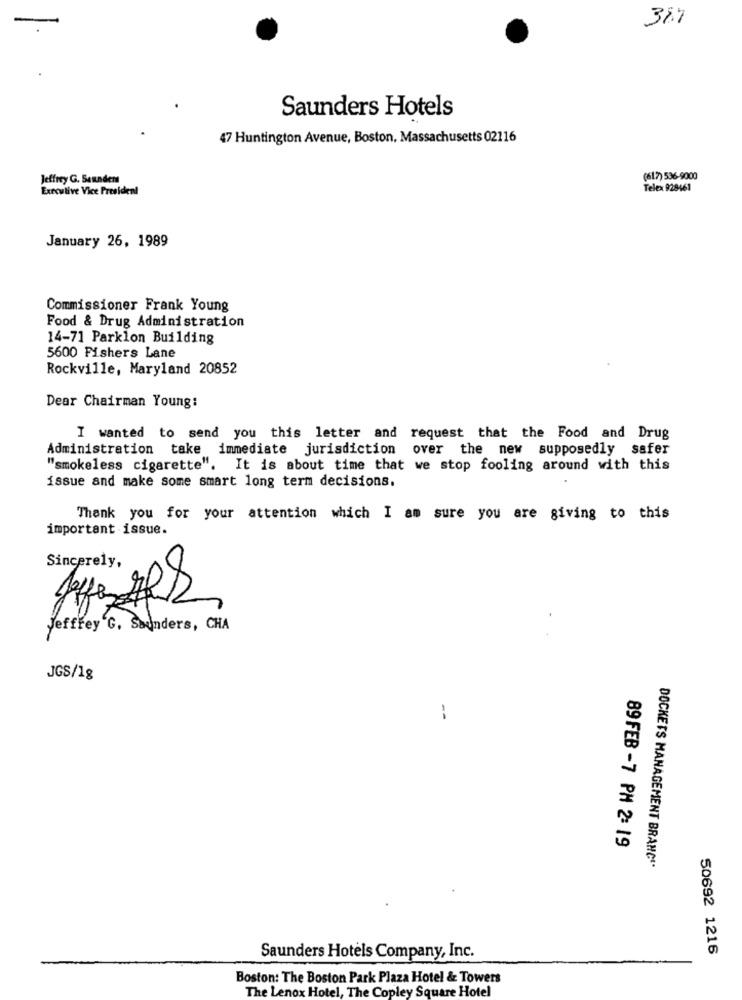
38.7
Saunders Hotels
47 Huntington Avenue, Boston, Massachusetts 02116
Jeffrey G. Saunders
(617) 536-9000
Executive Vice President
Telex 928461
January 26, 1989
Commissioner Frank Young
Food & Drug Administration
14-71 Parklon Building
5600 Fishers Lane
Rockville, Maryland 20852
Dear Chairman Young:
I wanted to send you this letter and request that the Food and Drug
Administration take immediate jurisdiction over the new supposedly safer
"smokeless cigarette". It is about time that we stop fooling around with this
issue and make some smart long term decisions.
Thank you for your attention which I am sure you are giving to this
important issue.
Jeffrey G. Saunders, CHA
JGS/1g
:
89 FEB -7 PM 2: 19
DOCKETS MANAGEMENT BRANC''
50692 1216
Saunders Hotels Company, Inc.
Boston: The Boston Park Plaza Hotel & Towers
The Lenox Hotel, The Copley Square Hotel